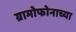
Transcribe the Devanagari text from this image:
ग्रामोफोनाच्या